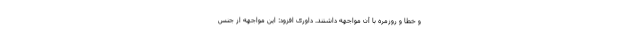
و خطا و روزمره با آن مواجهه داشتند. داوری افزود: این مواجهه از جنس